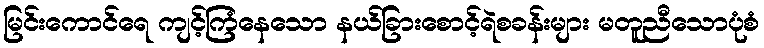
မြင်းကောင်ရေ ကျင့်ကြံနေသော နယ်ခြားစောင့်ရဲစခန်းများ မတူညီသောပုံစံ